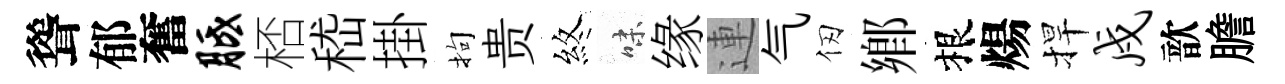
聳郁奮胝桮嵇掛拘贵煞味缘連气仞鄉根煬捍戍歆膽